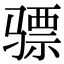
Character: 骠